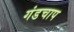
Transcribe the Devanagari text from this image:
गंडचाप